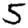
Digit: 5